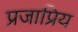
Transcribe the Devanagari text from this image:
प्रजाप्रिय